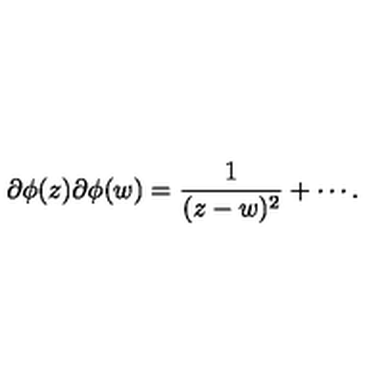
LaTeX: \partial \phi ( z ) \partial \phi ( w ) = \frac { 1 } { ( z - w ) ^ { 2 } } + \cdots .